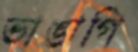
ভাঙাগি